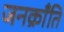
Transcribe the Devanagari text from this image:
जनक्राँति